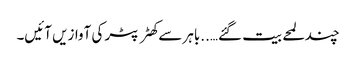
چند لمحے بیت گئے…..باہر سے کھٹر پٹر کی آوازیں آئیں۔